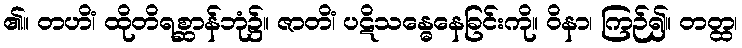
၏။ တဟိံ၊ ထိုတိရစ္ဆာန်ဘုံ၌။ ဇာတိံ၊ ပဋိသန္ဓေနေခြင်းကို။ ဝိနာ၊ ကြဉ်၍။ တတ္ထ၊